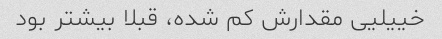
خییلیی مقدارش کم شده، قبلا بیشتر بود